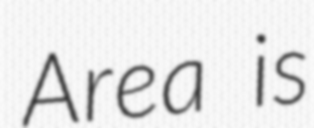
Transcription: Area is